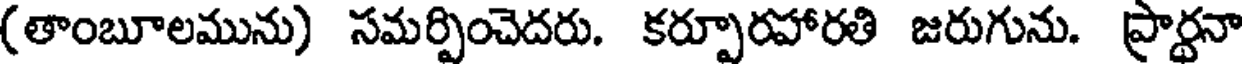
(తాంబూలమును) సమర్పించెదరు. కర్పూరహారతి జరుగును. ప్రార్థనా